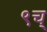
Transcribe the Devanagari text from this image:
९च्